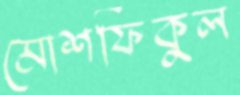
মোশফিকুল